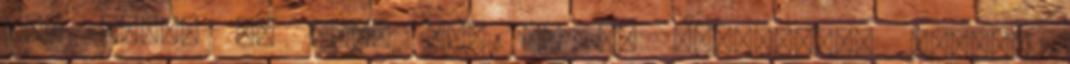
el? tesco és spar nem ad el játékokat? Melyik